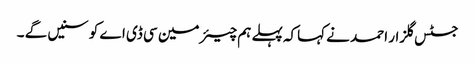
جسٹس گلزار احمد نے کہاکہ پہلے ہم چیئرمین سی ڈی اے کو سنیں گے ۔